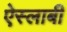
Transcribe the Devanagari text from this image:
ऐस्लाबी